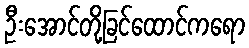
ဦးအောင်တို့ခြင်ထောင်ကရော